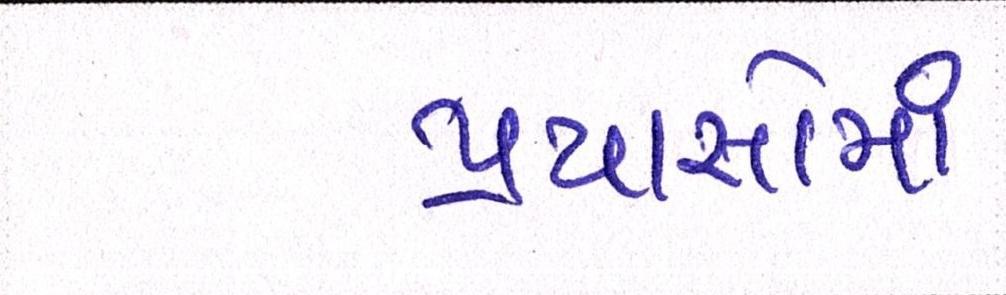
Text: પ્રયાસોમાં